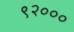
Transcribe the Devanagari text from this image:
९२०००